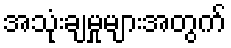
အသုံးချမှုများအတွက်